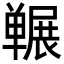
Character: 冁